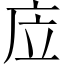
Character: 㡴